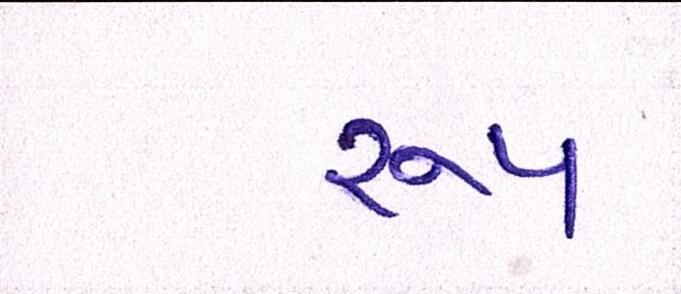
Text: રૂપ